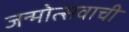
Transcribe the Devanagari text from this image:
जन्मोत्सवाची